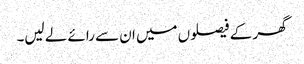
گھر کے فیصلوں میں ان سے رائے لے لیں۔